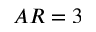
A R = 3